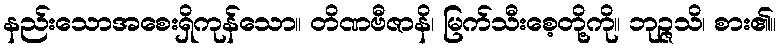
နည်းသောအစေးရှိကုန်သော။ တိဏဗီဇာနိ၊ မြက်သီးစေ့တို့ကို။ ဘုဉ္ဇသိ၊ စား၏။